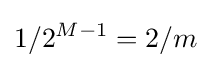
1/2^{M-1}=2/m